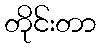
တိုင်းတာ